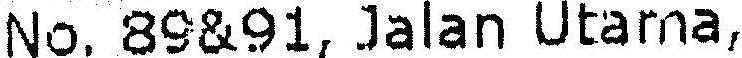
NO.89&91, JALAN UTAMA,